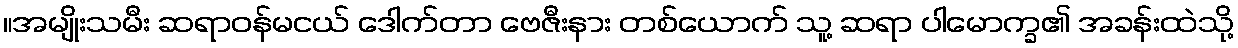
။အမျိုးသမီး ဆရာဝန်မငယ် ဒေါက်တာ ဗေဇီးနား တစ်ယောက် သူ့ ဆရာ ပါမောက္ခ၏ အခန်းထဲသို့